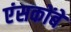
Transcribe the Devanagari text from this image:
एंसकोंबे